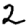
Digit: 2